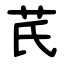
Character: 芪